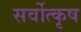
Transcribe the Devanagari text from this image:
सर्वोत्कृष